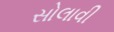
સોલાવી